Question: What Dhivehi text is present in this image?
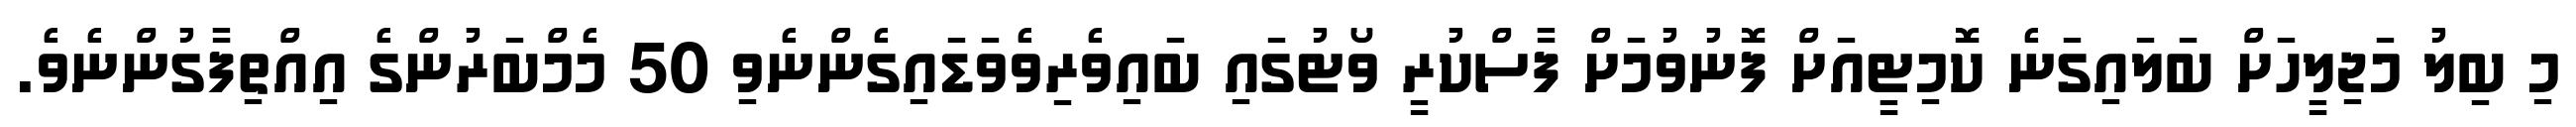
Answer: މި ބިލު މަޖިލީހަށް ބަލައިގަނެ ކޮމިޓީއަށް ފޮނުވުމަށް ފާސްކުރީ ވޯޓުގައި ބައިވެރިވެވަޑައިގެންނެވި 50 މެމްބަރުންގެ އިއްތިފާގުންނެވެ.